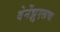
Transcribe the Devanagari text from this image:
वेनेंझुएलाचा